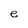
Character: e